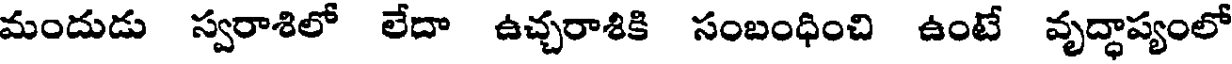
మందుడు స్వరాశిలో లేదా ఉచ్చరాశికి సంబంధించి ఉంటే వృద్ధాప్యంలో